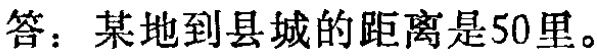
答：某地到县城的距离是50里。